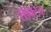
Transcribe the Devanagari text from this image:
सॉफ्टेक